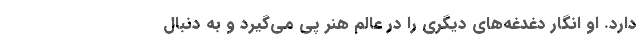
دارد. او انگار دغدغه‌های دیگری را در عالم هنر پی می‌گیرد و به دنبال